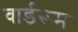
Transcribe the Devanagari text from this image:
वार्डरूम